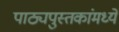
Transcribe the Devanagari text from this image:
पाठ्यपुस्तकांमध्ये